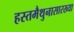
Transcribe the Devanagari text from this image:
हस्तमैथुनासारख्या